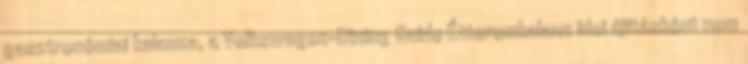
gasztronómiai kalauza, a Volkswagen-Dining Guide Étteremkalauz idei újításként nem